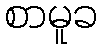
စာမူခ